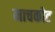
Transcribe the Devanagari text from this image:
माचकोट